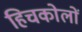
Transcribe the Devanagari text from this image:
हिचकोलों